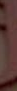
་